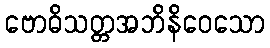
ဗောဓိသတ္တအဘိနိဝေသော